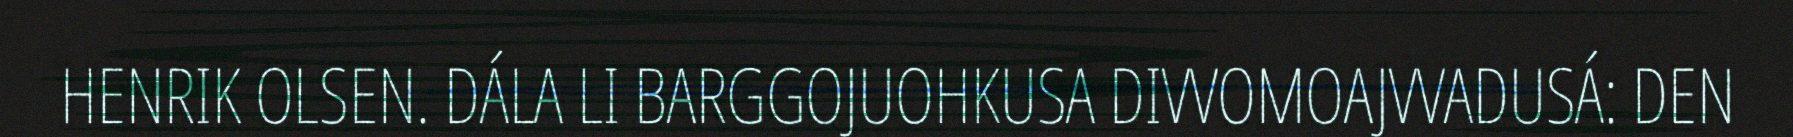
HENRIK OLSEN. DÁLA LI BARGGOJUOHKUSA DIVVOMOAJVVADUSÁ: DEN